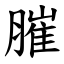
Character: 膗